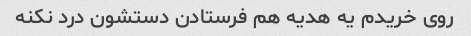
روی خریدم یه هدیه هم فرستادن دستشون درد نکنه